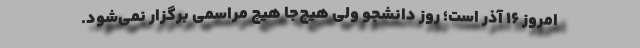
امروز 16 آذر است؛ روز دانشجو ولی هیچ‌جا هیچ مراسمی برگزار نمی‌شود.